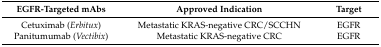
| EGFR-Targeted mAbs | Approved Indication | Target |
 | --- | --- | --- |
 | Cetuximab (Erbitux) | Metastatic KRAS-negative CRC/SCCHN | EGFR |
 | Panitumumab (Vectibix) | Metastatic KRAS-negative CRC | EGFR |